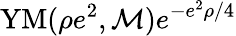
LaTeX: \mathrm{YM}(\rho e^{2},{\cal M})e^{-e^{2}\rho/4}